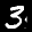
Label: 3